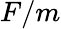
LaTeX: F/m